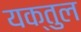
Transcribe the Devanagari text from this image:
यक्तुल